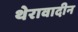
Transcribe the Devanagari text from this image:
थेरावादीन